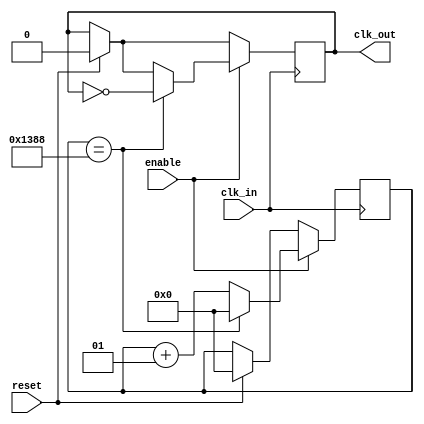
`timescale 1ns / 1ps
//////////////////////////////////////////////////////////////////////////////////
// Company: 
// Engineer: 
// 
// Design Name: 
// Module Name: clock_500Hz
// Project Name: 
// Target Devices: 
// Tool Versions: 
// Description: 
// 
// Dependencies: 
// 
// Revision:
// Revision 0.01 - File Created
// Additional Comments:
// 
//////////////////////////////////////////////////////////////////////////////////


module clock_500Hz(
input clk_in,enable,reset,
output reg clk_out
);

integer count_500Hz = 0;

always @(posedge clk_in) begin

     if (reset) begin
        clk_out <= 0;
        count_500Hz <= 0;
     end

      if (enable) begin
               if (count_500Hz == 5000) begin
                   clk_out <= ~clk_out;
                   count_500Hz <= 0;
               end
               else
                   count_500Hz <= count_500Hz + 1;
           end
      end
endmodule